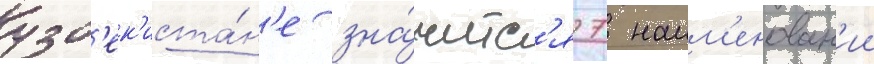
узб'ек'иста́н'е зна́читс'я 7 наим'енован'ии